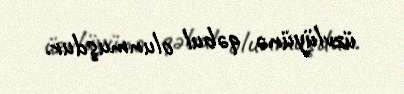
üzvlüyünə qəbul olunmuşdur.